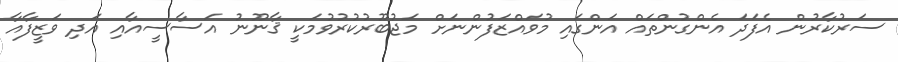
ސަރުކާރުން އެފަދަ އެންގުންތައް އަންގައި މުވައްޒަފުންނަށް މަޖުބޫރުކުރުވުމަކީ ޤާނޫނު އަސާސީއާއި އަދި ވަޒީފާއާ